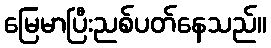
မြေမာပြီးညစ်ပတ်နေသည်။